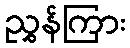
ညွှန်ကြား